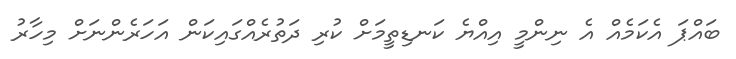
ބައްޕަ އެކަމެއް އެ ނިންމީ އިއްޔެ ކަނޑިތީމަށް ކުރި ދަތުރެއްގައިކަން އަހަރެންނަށް މިހާރު